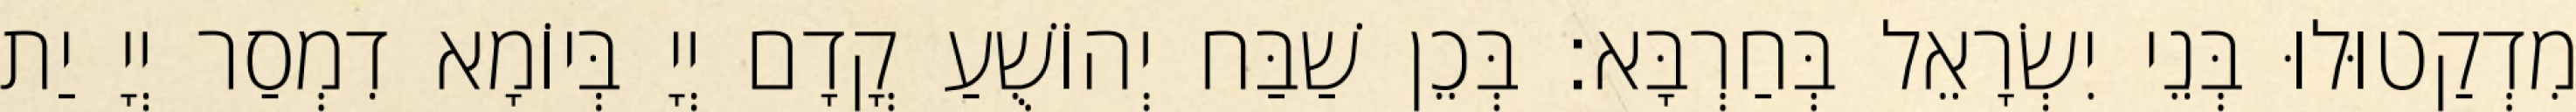
מִדְקַטוּלוּ בְּנֵי יִשְׂרָאֵל בְּחַרְבָּא׃ בְּכֵן שַׁבַּח יְהוֹשֻׁעַ קֳדָם יְיָ בְּיוֹמָא דִמְסַר יְיָ יַת